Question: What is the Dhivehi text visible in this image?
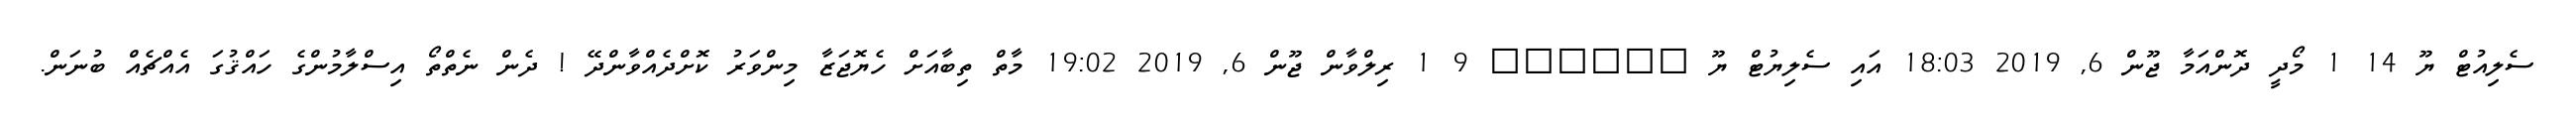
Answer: ސެލިއުޓް ޔޫ 14 1 މޯދީ ދޮންއަމާ ޖޫން 6, 2019 18:03 އައި ސެލިޔުޓް ޔޫ ?????? 9 1 ރިލްވާން ޖޫން 6, 2019 19:02 މާތް ތިބާއަށް ހެޔޮޖަޒާ މިންވަރު ކޮށްދެއްވާންދޭ ! ދެން ނެތްތޯ އިސްލާމުންގެ ހައްޤުގަ އެއްޗެއް ބުނަން.